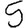
Digit: 5